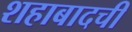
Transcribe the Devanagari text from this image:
शहाबादची